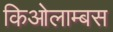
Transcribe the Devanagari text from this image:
किओलाम्बस